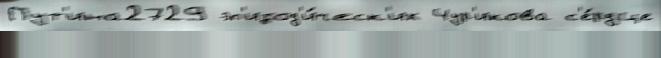
Пут'ина2729 эп'изод'и́ческ'их Чур'икова с'е́рдце